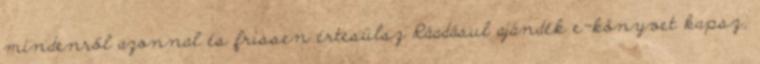
mindenről azonnal és frissen értesülsz Ráadásul ajándék e-könyvet kapsz,